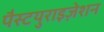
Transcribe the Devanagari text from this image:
पैस्टयुराइज़ेशन